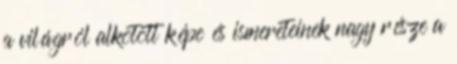
a világról alkotott képe és ismereteinek nagy része a